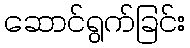
ဆောင်ရွက်ခြင်း